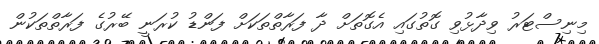
މިނިސްޓަރު ވިދާޅުވި ގޮތުގައި އެގޮތަށް ދާ ފަރާތްތަކަށް ފަންޑު ކުރަނީ ބޭރުގެ ފަރާތްތަކުން